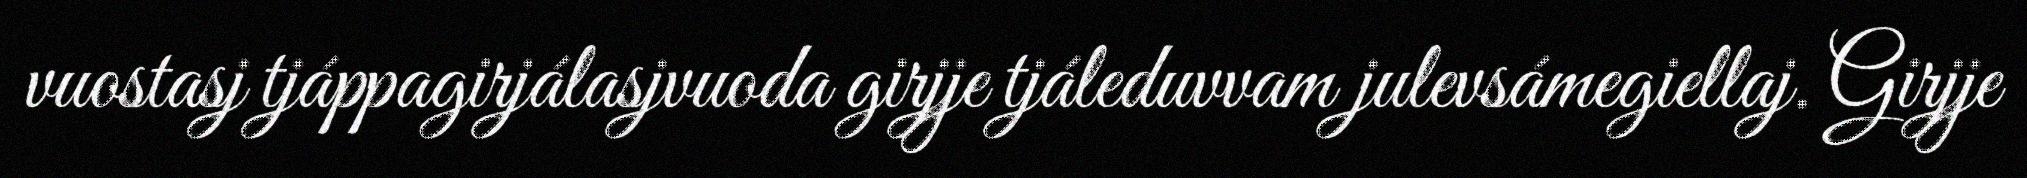
vuostasj tjáppagirjálasjvuoda girjje tjáleduvvam julevsámegiellaj. Girjje